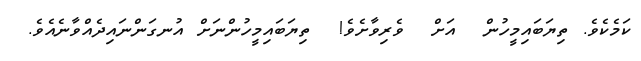
ކަމެކެވެ. ތިޔަބައިމީހުން  އަށް  ވެރިވާށެވެ!  ތިޔަބައިމީހުންނަށް އުނގަންނައިދެއްވާނެއެވެ.